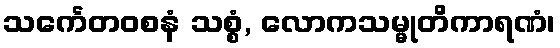
သင်္ကေတဝစနံ သစ္စံ, လောကသမ္မုတိကာရဏံ၊